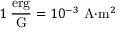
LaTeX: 1 \; { \frac { \mathrm { e r g } } { \mathrm { G } } } = 1 0 ^ { - 3 } { \mathrm { ~ A } } { \cdot } { \mathrm { m } } ^ { 2 }